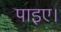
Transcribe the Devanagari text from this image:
पाइए।